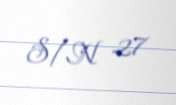
S/N 27